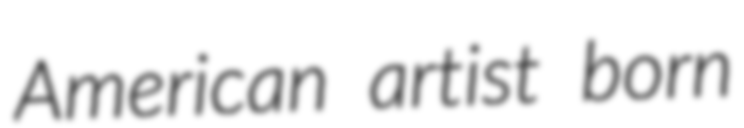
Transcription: American artist born